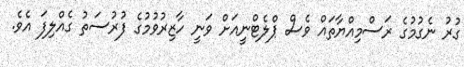
ގުރު ނެގުމުގެ ރަސްމިއްޔާތައް ވެސް ޕްލެޓްނީއަށް ވަނީ ހާޒިރުވުމުގެ ފުރުސަތު ގެއްލިފަ އެވެ.